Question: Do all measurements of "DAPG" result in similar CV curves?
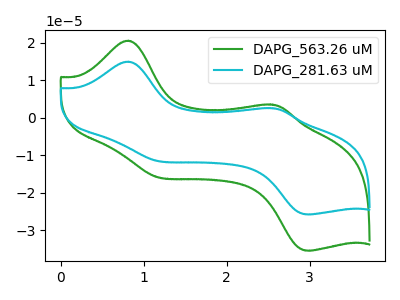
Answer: <think>The green curve "DAPG_563.26 uM" has anodic peaks at (0.80V, 20.55uA) (2.55V, 3.50uA) and cathodic peaks at (1.15V, -15.60uA) (3.00V, -35.45uA). The cyan curve "DAPG_281.63 uM" has anodic peaks at (0.80V, 14.95uA) (2.55V, 2.55uA) and cathodic peaks at (1.15V, -11.35uA) (3.00V, -25.80uA).
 All the peaks in "DAPG_563.26 uM" have a peak in "DAPG_281.63 uM" at the same potential. Every peak in "DAPG_563.26 uM" is higher than every peak in "DAPG_281.63 uM".</think>
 <answer>All the CV's of "DAPG" have similar shape.</answer>
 <eval>follow_rule</eval>